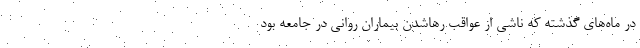
در ماه‌های گذشته که ناشی از عواقب رهاشدن بیماران روانی در جامعه بود